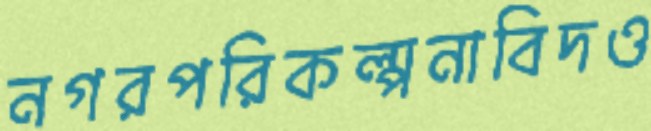
নগরপরিকল্পনাবিদও